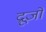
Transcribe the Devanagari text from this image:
द्रूजो